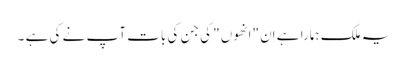
یہ ملک ہمارا ہے اِن "انھوں" کی جن کی بات آپ نے کی ہے ۔